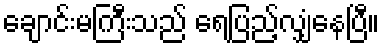
ချောင်းမကြီးသည် ရေပြည့်လျှံနေပြီ။